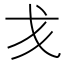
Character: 𢦍